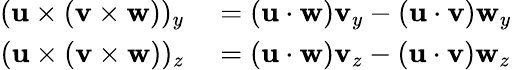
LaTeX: \begin{array}{rl}{(\mathbf{u}\times(\mathbf{v}\times\mathbf{w}))_{y}}&{{}=(\mathbf{u}\cdot\mathbf{w})\mathbf{v}_{y}-(\mathbf{u}\cdot\mathbf{v})\mathbf{w}_{y}}\\ {(\mathbf{u}\times(\mathbf{v}\times\mathbf{w}))_{z}}&{{}=(\mathbf{u}\cdot\mathbf{w})\mathbf{v}_{z}-(\mathbf{u}\cdot\mathbf{v})\mathbf{w}_{z}}\end{array}